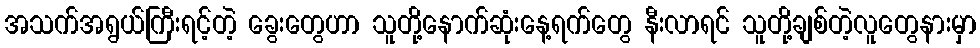
အသက်အရွယ်ကြီးရင့်တဲ့ ခွေးတွေဟာ သူတို့နောက်ဆုံးနေ့ရက်တွေ နီးလာရင် သူတို့ချစ်တဲ့လူတွေနားမှာ